Vaccine operations Central Provinces & Berar 1922-1929 - 1922-1929
Year: 1922
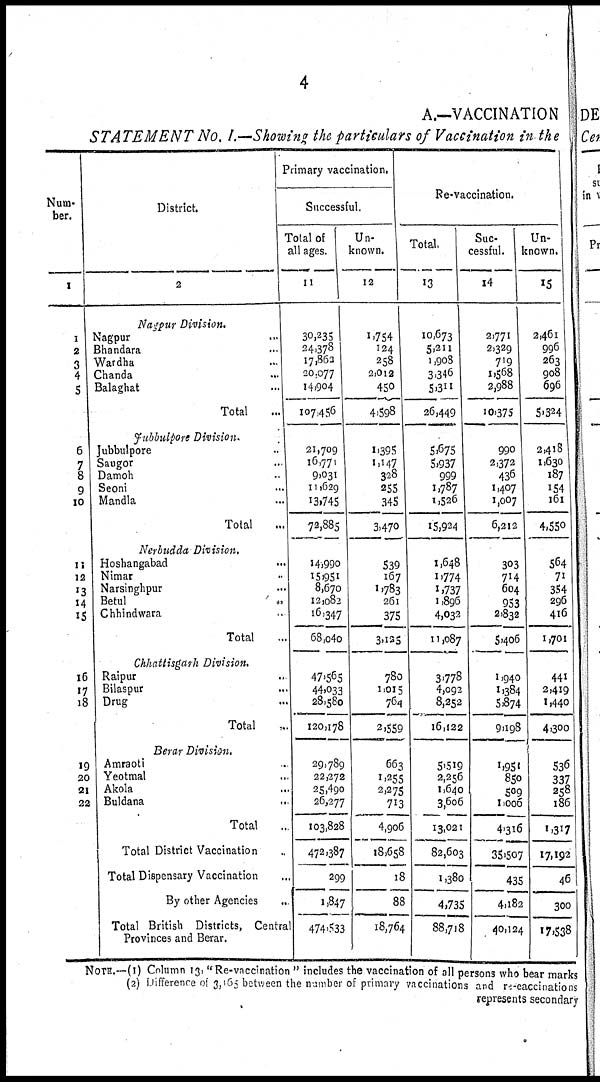
4
A.—VACCINATION
STATEMENT No. I.—Showing the particulars of Vaccination in the
Num-
ber.
1
1
2
3
4
5
6
7
8
9
10
11
12
13
14
15
16
17
18
19
20
21
22
District.
2
Nagpur Division.
Nagpur ...
Bhandara ...
Wardha ...
Chanda ...
Balaghat ...
Total ...
Jubbulpore Division.
Jubbulpore ...
Saugor ...
Damoh ...
Seoni ...
Mandla ...
Total ...
Nerbudda Division.
Hoshangabad ...
Nimar ...
Narsinghpur ...
Betul
...
Chhindwara ...
Total ...
Chhattisgarh Division.
Raipur ...
Bilaspur ...
Drug ...
Total ...
Berar Division.
Amraoti ...
Yeotmal ...
Akola ...
Buldana
...
Total ..
Total District Vaccination ...
Total Dispensary Vaccination ...
By other Agencies ...
Total British Districts, Central
Provinces and Berar.
Primary vaccination.
Successful.
Total of
all ages.
11
30,235
24,378
17,862
20,077
14,904
107,456
21,709
16,771
9,031
11,629
13,745
72,885
14,990
15,951
8,670
12,082
16,347
68,040
47,565
44,033
28,580
120,178
29,789
22,272
25,490
26,277
103,828
472,387
299
1,847
474,533
Un-
known.
12
1,754
124
258
2,012
450
4,598
1,395
1,147
328
255
345
3,470
539
167
1,783
261
375
3,123
780
1,015
764
2,559
663
1,255
2,275
713
4,906
18,658
18
88
18,764
Re-vaccination.
Total.
13
10,673
5,211
1,908
3,346
5,311
26,449
5,675
5,937
999
1,787
1,526
15,924
1,648
1,774
1,737
1,896
4,032
11,087
3,778
4,092
8,252
16,122
5,519
2,256
1,640
3,606
13,021
82,603
1,380
4,735
88,718
Suc-
cessful.
14
2,771
2,329
719
1,568
2,988
10,375
990
2,372
436
1,407
1,007
6,212
303
714
604
953
2,832
5,406
1,940
1,384
5,874
9,198
1,951
850
509
1,006
4,316
35,507
435
4,182
40,124
Un-
known.
15
2,461
996
263
908
696
5,324
2,418
1,630
187
154
161
4,550
564
71
354
296
416
1,701
441
2,419
1,440
4,300
536
337
258
186
1,317
17,192
46
300
17,538
NOTE.—(1) Column 13, "Re-vaccination " includes the vaccination of all persons who bear marks
(2) Difference of 3,165 between the number of primary vaccinations and re-vaccinations
represents secondary